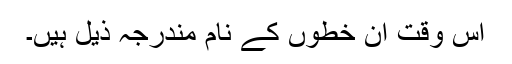
اس وقت ان خطوں کے نام مندرجہ ذیل ہیں۔